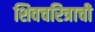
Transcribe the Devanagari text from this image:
शिवचरित्राची